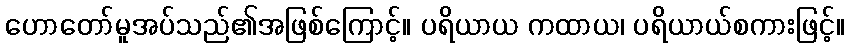
ဟောတော်မူအပ်သည်၏အဖြစ်ကြောင့်။ ပရိယာယ ကထာယ၊ ပရိယာယ်စကားဖြင့်။